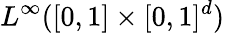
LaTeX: L^{\infty}([0,1]\times[0,1]^{d})